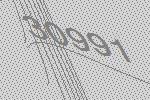
30991